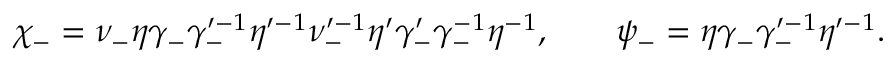
\chi _ { - } = \nu _ { - } \eta \gamma _ { - } \gamma _ { - } ^ { \prime - 1 } \eta ^ { \prime - 1 } \nu _ { - } ^ { \prime - 1 } \eta ^ { \prime } \gamma _ { - } ^ { \prime } \gamma _ { - } ^ { - 1 } \eta ^ { - 1 } , \qquad \psi _ { - } = \eta \gamma _ { - } \gamma _ { - } ^ { \prime - 1 } \eta ^ { \prime - 1 } .